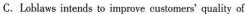
C. Lahlews intenls to ingeovs_ customee' qualiy of